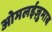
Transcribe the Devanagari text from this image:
ओमलईज़ुमाब